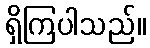
ရှိကြပါသည်။